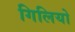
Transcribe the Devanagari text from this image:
गिलियो